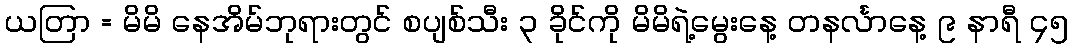
ယတြာ = မိမိ နေအိမ်ဘုရားတွင် စပျစ်သီး ၃ ခိုင်ကို မိမိရဲ့မွေးနေ့ တနင်္လာနေ့ ၉ နာရီ ၄၅